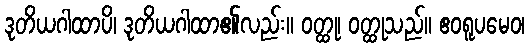
ဒုတိယဂါထာပိ၊ ဒုတိယဂါထာ၏လည်း။ ဝတ္ထု၊ ဝတ္ထုသည်။ ဧဝရူပမေဝ၊